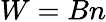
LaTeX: W=Bn